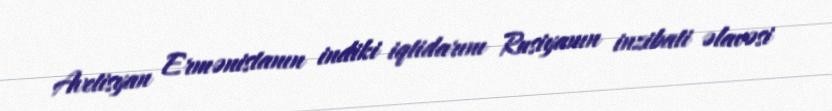
Avetisyan Ermənistanın indiki iqtidarını Rusiyanın inzibati əlavəsi